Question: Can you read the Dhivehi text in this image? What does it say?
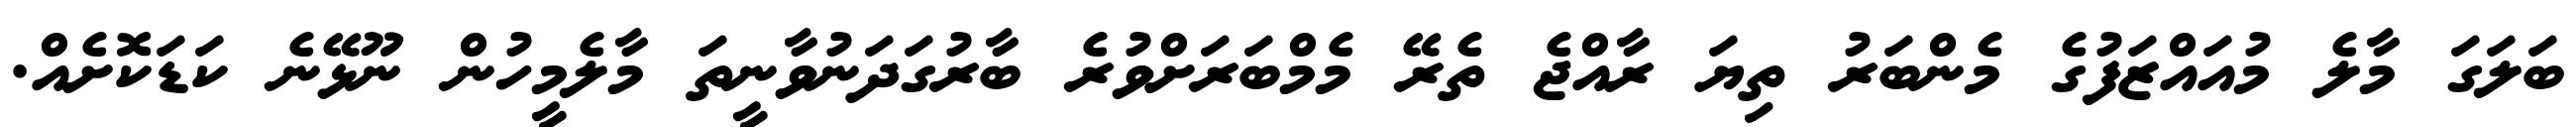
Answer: ބަލަގަ މާލެ މުއައްޒަފުގެ މެންބަރު ތިޔަ ރާއްޖެ ތެރޭ މެމްބަރަށްވުރެ ބާރުގަދަނުވާނީތަ މާލެމީހުން ނޫޅޭނެ ކަޑަކޮށެއް.